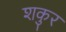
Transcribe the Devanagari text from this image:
शकुर